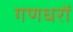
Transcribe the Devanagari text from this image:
गणधरों